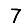
Digit: 7